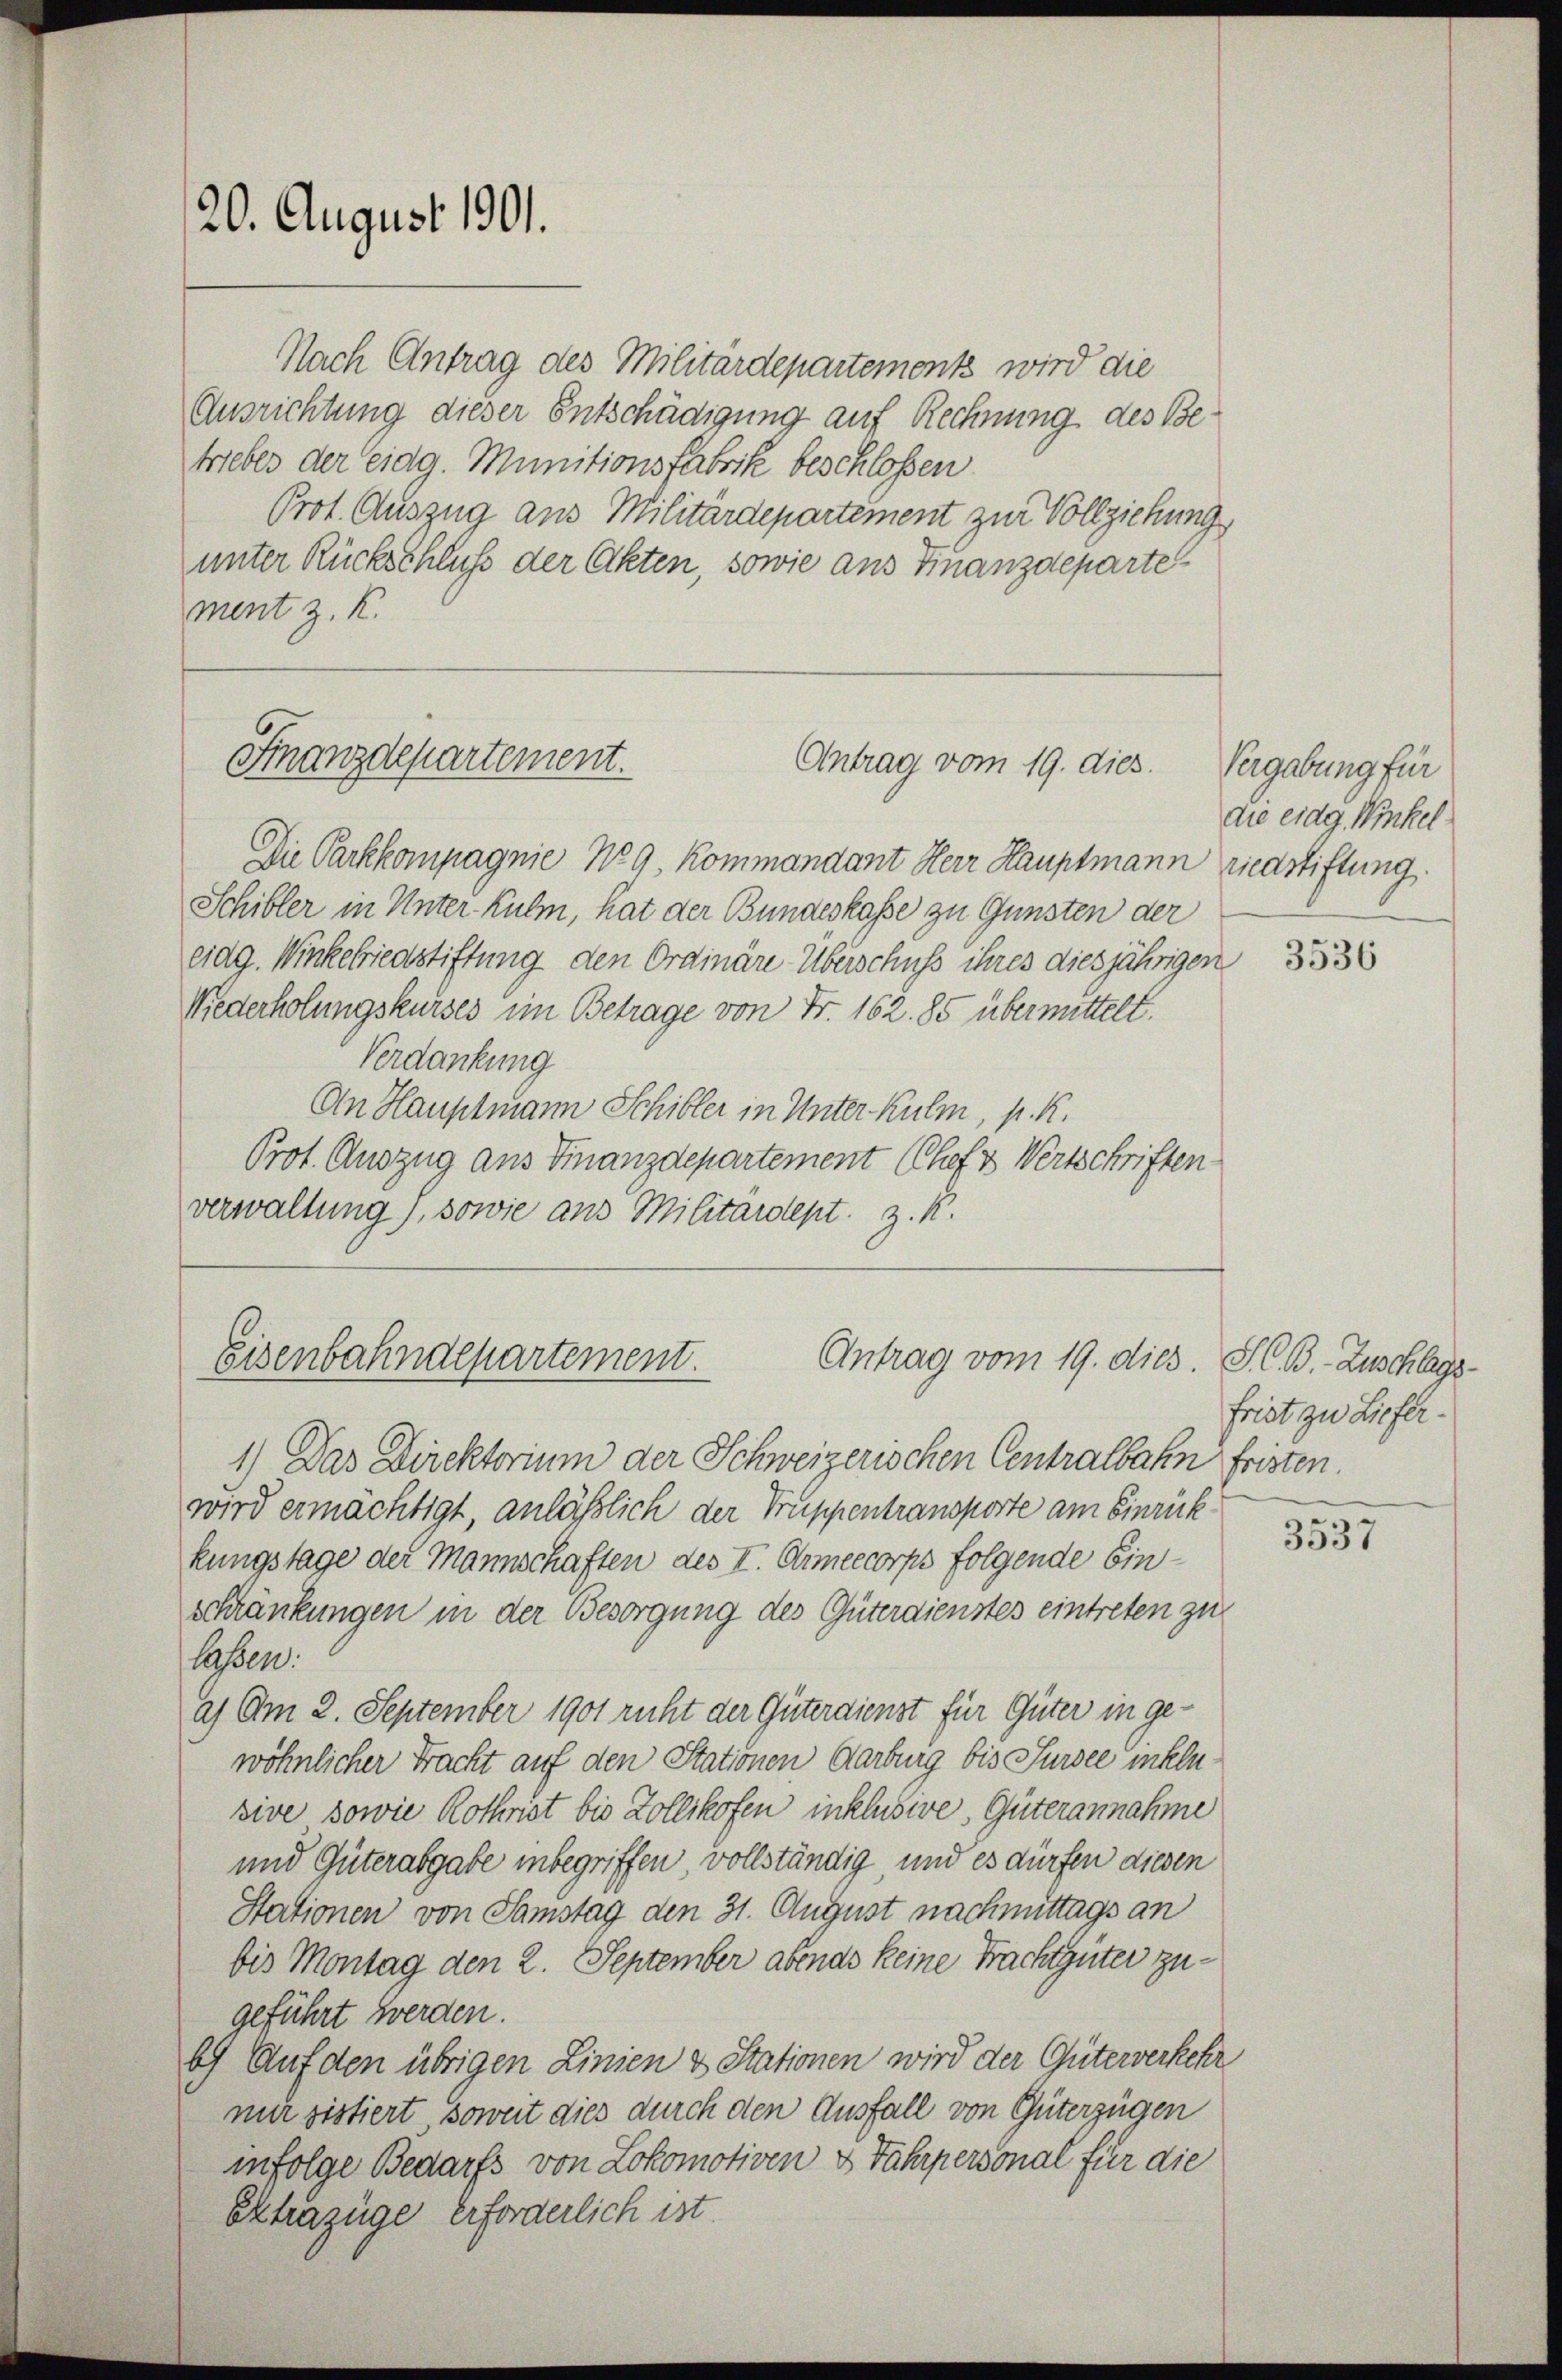
20. August 1901.

Nach Antrag des Militärdepartements wird die
Ausrichtung dieser Entschädigung auf Rechnung des Betriebes der eidg. Munitionsfabrik beschlossen.
Prot. Auszug aus Militärdepartement zur Vollziehung
unter Rückschluß der Akten, sowie aus Finanzdeparte
ment z. K.

Finanzdepartement.

Die Parkkompagnie Neg. Kommandant Herr Hauptmann riedstiftung.
Schibler in Unter Kulm, hat der Bundeskasse zu Gunsten der
eidg. Winkelriedstiftung den Ordinäre Überschuss ihres diesjährigen
Niederholungskurses im Betrage von Fr. 162. 85 übermittelt.
Verdankung
An Hauptmann Schiller in Unter Kulm, P. R.
Prot. Auszug aus Finanzdepartement (Chef & Wertschriften
verwaltung), sowie aus Militärdept. z. K.

Antrag vom 19. dies

Eisenbahndepartement.
Antrag vom 19. dies.

Vergabung für
die eidg. Winkel

1) Das Direktorium der Schweizerischen Centralbahn fristen
wird ermächtigt, anläßlich der Truppentransporte am Einrückkungstage der Mannschaften des I. Omeecorps folgende Einschränkungen in der Besorgung des Güterdienstes eintreten zu
laßen.
a. Am 2. September 1901 ruht der Güterdienst für Güter in gewöhnlicher Fracht auf den Stationen Aarburg bis Sursee inklusive sowie Rothrist bis Zollikofen inklusie, Güterannahme
und Güterabgabe inbegriffen vollständig und es dürfen diesen
Stationen von Samstag den 31. August nachmittags an
bis Montag den 2. September abends keine Frachtgüter zugeführt werden.
6) Auf den übrigen Linien & Stationen wird der Güterverkehr
mu sistiert soweit dies durch den Ausfall von Güterzügen
infolge Bedarfs von Lokomotiven & Fahrpersonal für die
Extrazüge erforderlich ist.

3536

S. B. Zuschlags
frist zu Liefer

3537